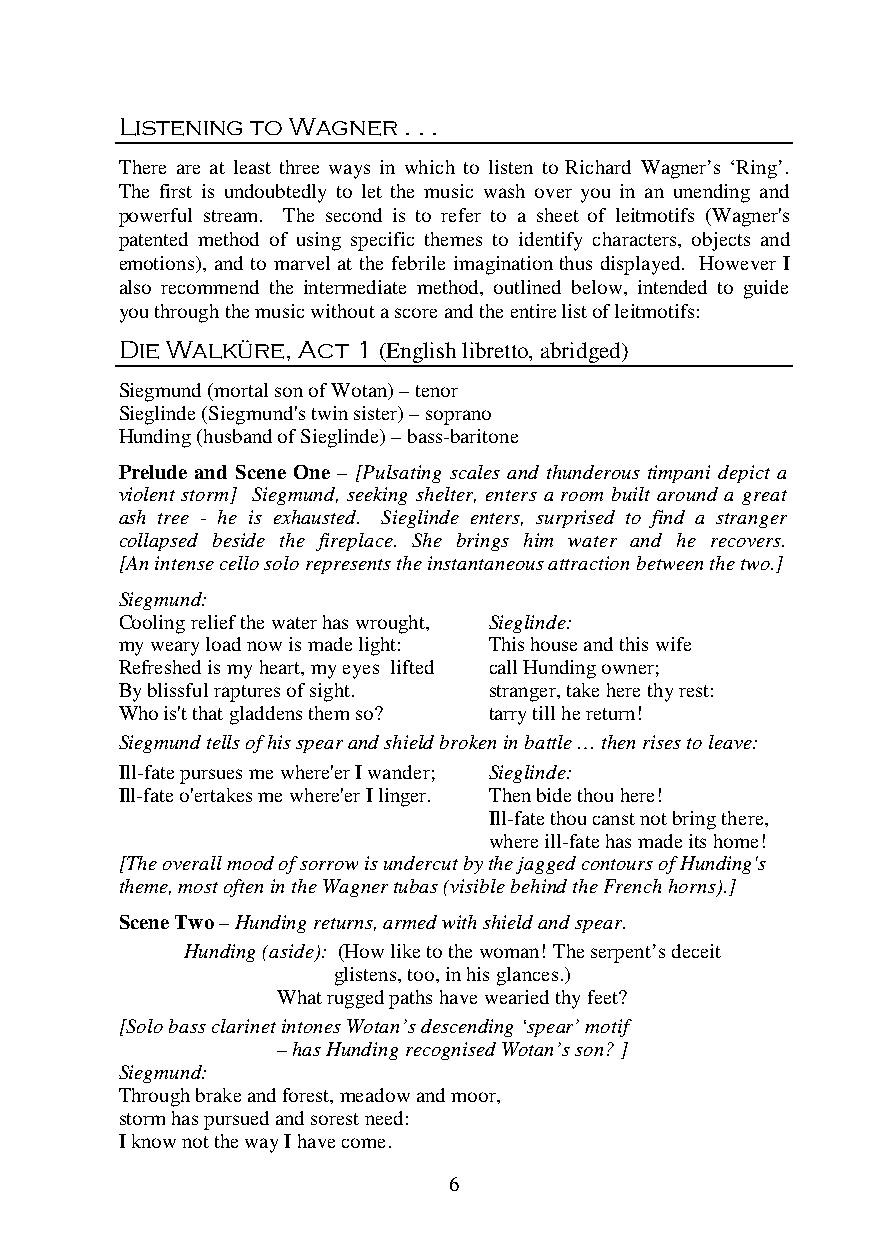
Listening to Wagner . . .
 There are at least three ways in which to listen to Richard Wagner’s ‘Ring’.
 The first is undoubtedly to let the music wash over you in an unending and
 powerful stream. The second is to refer to a sheet of leitmotifs (Wagner's
 patented method of using specific themes to identify characters, objects and
 emotions), and to marvel at the febrile imagination thus displayed. However I
 also recommend the intermediate method, outlined below, intended to guide
 you through the music without a score and the entire list of leitmotifs:
 Die Walküre, Act 1 (English libretto, abridged)
 Siegmund (mortal son of Wotan) – tenor
 Sieglinde (Siegmund's twin sister) – soprano
 Hunding (husband of Sieglinde) – bass-baritone
 Prelude and Scene One – [Pulsating scales and thunderous timpani depict a
 violent storm] Siegmund, seeking shelter, enters a room built around a great
 ash tree - he is exhausted. Sieglinde enters, surprised to find a stranger
 collapsed beside the fireplace. She brings him water and he recovers.
 [An intense cello solo represents the instantaneous attraction between the two.]
 Siegmund:
 Cooling relief the water has wrought, Sieglinde:
 my weary load now is made light: This house and this wife
 Refreshed is my heart, my eyes lifted call Hunding owner;
 By blissful raptures of sight. stranger, take here thy rest:
 Who is't that gladdens them so? tarry till he return!
 Siegmund tells of his spear and shield broken in battle … then rises to leave:
 Ill-fate pursues me where'er I wander; Sieglinde:
 Ill-fate o'ertakes me where'er I linger. Then bide thou here!
 Ill-fate thou canst not bring there,
 where ill-fate has made its home!
 [The overall mood of sorrow is undercut by the jagged contours of Hunding's
 theme, most often in the Wagner tubas (visible behind the French horns).]
 Scene Two – Hunding returns, armed with shield and spear.
 Hunding (aside): (How like to the woman! The serpent’s deceit
 glistens, too, in his glances.)
 What rugged paths have wearied thy feet?
 [Solo bass clarinet intones Wotan’s descending ‘spear’ motif
 – has Hunding recognised Wotan’s son? ]
 Siegmund:
 Through brake and forest, meadow and moor,
 storm has pursued and sorest need:
 I know not the way I have come.
 6